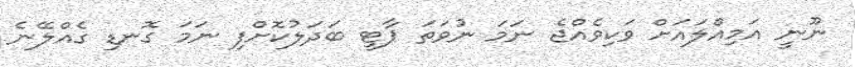
ނޫނީ އަމިއްލައަށް ވަކިވެއްޖެ ނަމަ ނުވަތަ ޕާޓީ ބަދަލުކޮށްފި ނަމަ ގޮނޑި ގެއްލޭނެ